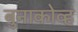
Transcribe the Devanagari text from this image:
बुनाकोव्ह